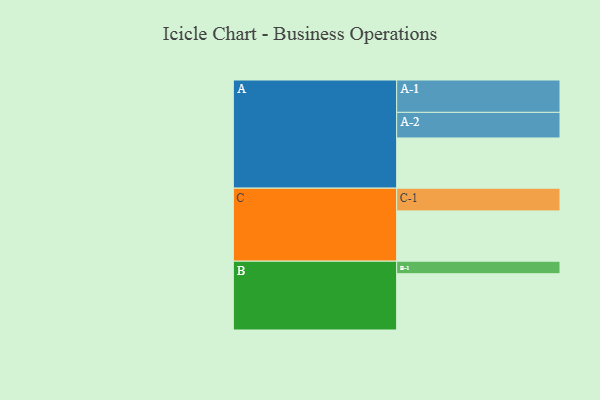
{"axis": {"x": "Segment", "y": "Value"}, "legend": ["", "A", "B", "C"], "data": [{"x": "A", "y": 464, "type": ""}, {"x": "B", "y": 520, "type": ""}, {"x": "C", "y": 465, "type": ""}, {"x": "A-1", "y": 299, "type": "A"}, {"x": "A-2", "y": 237, "type": "A"}, {"x": "B-1", "y": 116, "type": "B"}, {"x": "C-1", "y": 210, "type": "C"}]}